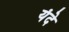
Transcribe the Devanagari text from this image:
यंदे